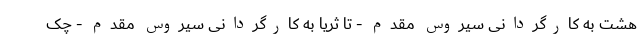
هشت به کارگردانی سیروس مقدم - تا ثریا به کارگردانی سیروس مقدم - چک